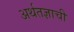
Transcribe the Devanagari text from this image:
अर्थतज्ञाची